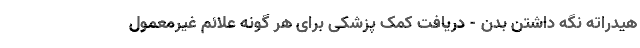
هیدراته نگه داشتن بدن - دریافت کمک پزشکی برای هر گونه علائم غیرمعمول